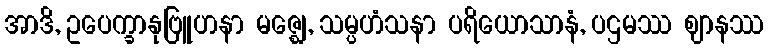
အာဒိ, ဥပေက္ခာနုဗြူဟနာ မဇ္ဈေ, သမ္ပဟံသနာ ပရိယောသာနံ, ပဌမဿ ဈာနဿ